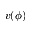
v ( \phi )